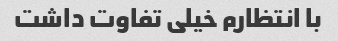
با انتظارم خیلی تفاوت داشت